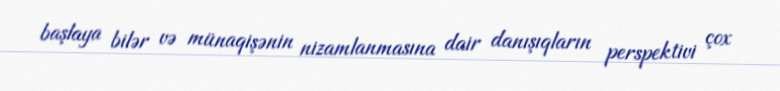
başlaya bilər və münaqişənin nizamlanmasına dair danışıqların perspektivi çox